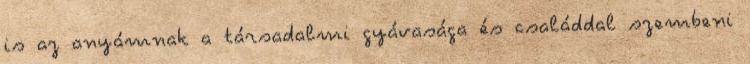
is az anyámnak a társadalmi gyávasága és családdal szembeni